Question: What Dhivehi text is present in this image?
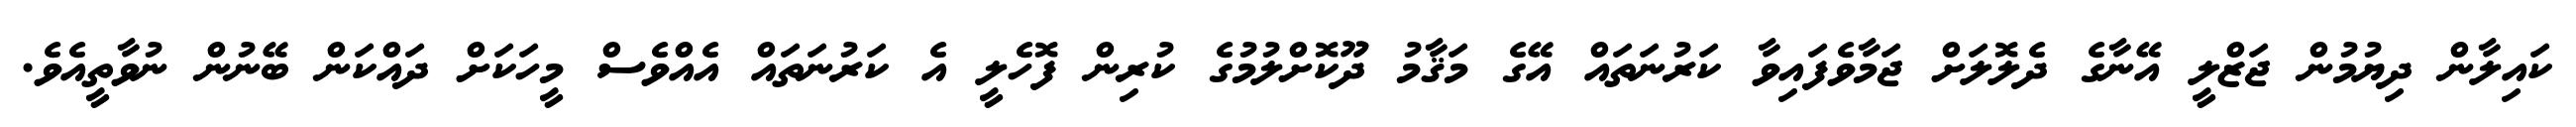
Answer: ކައިލާން ދިޔުމުން ޖަޒްލީ އޭނާގެ ދެލޮލަށް ޖަމާވެފައިވާ ކަރުނަތައް އޭގެ މަޤާމު ދޫކޮށްލުމުގެ ކުރިން ފޮހެލީ އެ ކަރުނަތައް އެއްވެސް މީހަކަށް ދައްކަން ބޭނުން ނުވާތީއެވެ.